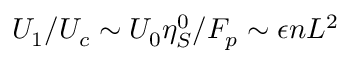
U _ { 1 } / U _ { c } \sim U _ { 0 } \eta _ { S } ^ { 0 } / F _ { p } \sim \epsilon n L ^ { 2 }